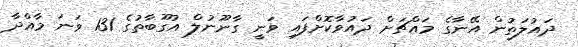
ދައުލަތުން އޭނާގެ މައްޗަށް ދައުވާކޮށްފައި ވަނީ ގާނޫނުލް އުގޫބާތުގެ 131 ވަނަ މާއްދާ